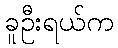
ခူဦးရယ်က